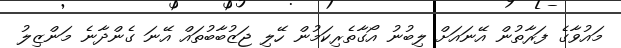
މައުވާގެ ފަރާތުން އޭނައަށް ލިބުނު އޯގާތެރިކަމުން ހޭލި ޖަޒުބާބުތައް އޭނަ ގެންދާނެ މަންޒިލު